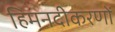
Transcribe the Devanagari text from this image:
हिमनदीकरणों